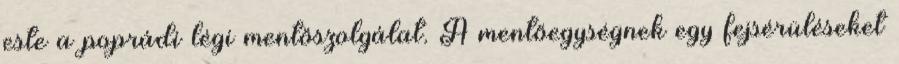
este a poprádi légi mentőszolgálat. A mentőegységnek egy fejsérüléseket